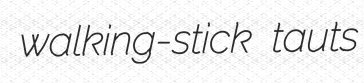
walking-stick tauts